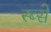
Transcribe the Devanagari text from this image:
स्ब्से